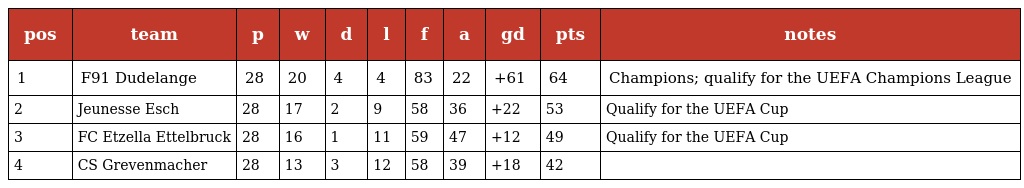
| pos | team | p | w | d | l | f | a | gd | pts | notes |
 | --- | --- | --- | --- | --- | --- | --- | --- | --- | --- | --- |
 | 1 | F91 Dudelange | 28 | 20 | 4 | 4 | 83 | 22 | +61 | 64 | Champions; qualify for the UEFA Champions League |
 | 2 | Jeunesse Esch | 28 | 17 | 2 | 9 | 58 | 36 | +22 | 53 | Qualify for the UEFA Cup |
 | 3 | FC Etzella Ettelbruck | 28 | 16 | 1 | 11 | 59 | 47 | +12 | 49 | Qualify for the UEFA Cup |
 | 4 | CS Grevenmacher | 28 | 13 | 3 | 12 | 58 | 39 | +18 | 42 |  |